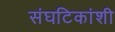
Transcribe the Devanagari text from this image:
संघटिकांशी